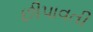
છીપાવતી